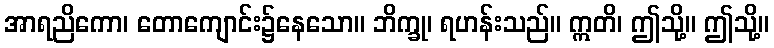
အာရညိကော၊ တောကျောင်း၌နေသော။ ဘိက္ခု၊ ရဟန်းသည်။ ဣတိ၊ ဤသို့။ ဤသို့။